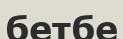
бетбе